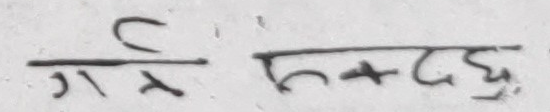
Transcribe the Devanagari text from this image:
गर्भ स्वदछु